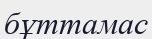
бұттамас